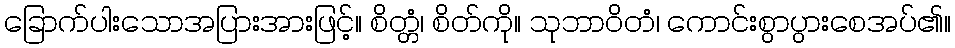
ခြောက်ပါးသောအပြားအားဖြင့်။ စိတ္တံ၊ စိတ်ကို။ သုဘာဝိတံ၊ ကောင်းစွာပွားစေအပ်၏။